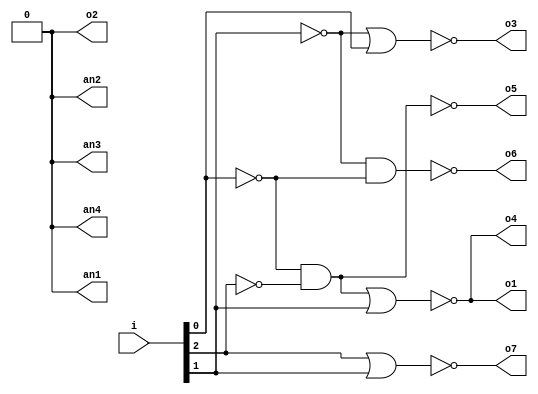
module DecoBCDto7seg(
		i, 
		o1, o2, o3, o4, o5, o6, o7, 
		an1, an2, an3, an4 
	);
	input [2:0] i;
	output reg o1, o2, o3, o4, o5, o6, o7;
	output an1, an2, an3, an4;
	always @(o1, o2, o3, o4, o5, o6, o7,i)
		begin 
			o1 = !( (!i[0]&!i[2]) | i[1] ); 
			o2 = 1'b0;
			o3 = !( (!i[1]) | i[0] ); 
			o4 = !( (!i[2]&!i[0]) | i[1] );
			o5 = !( (!i[2]&!i[0]) );
			o6 = !( (!i[1]&!i[0]) );
			o7 = !( i[2] | i[1] ); 
		end
	 assign an1 = 1'b0;
	 assign an2 = 1'b0;
	 assign an3 = 1'b0;
	 assign an4 = 1'b0;
endmodule